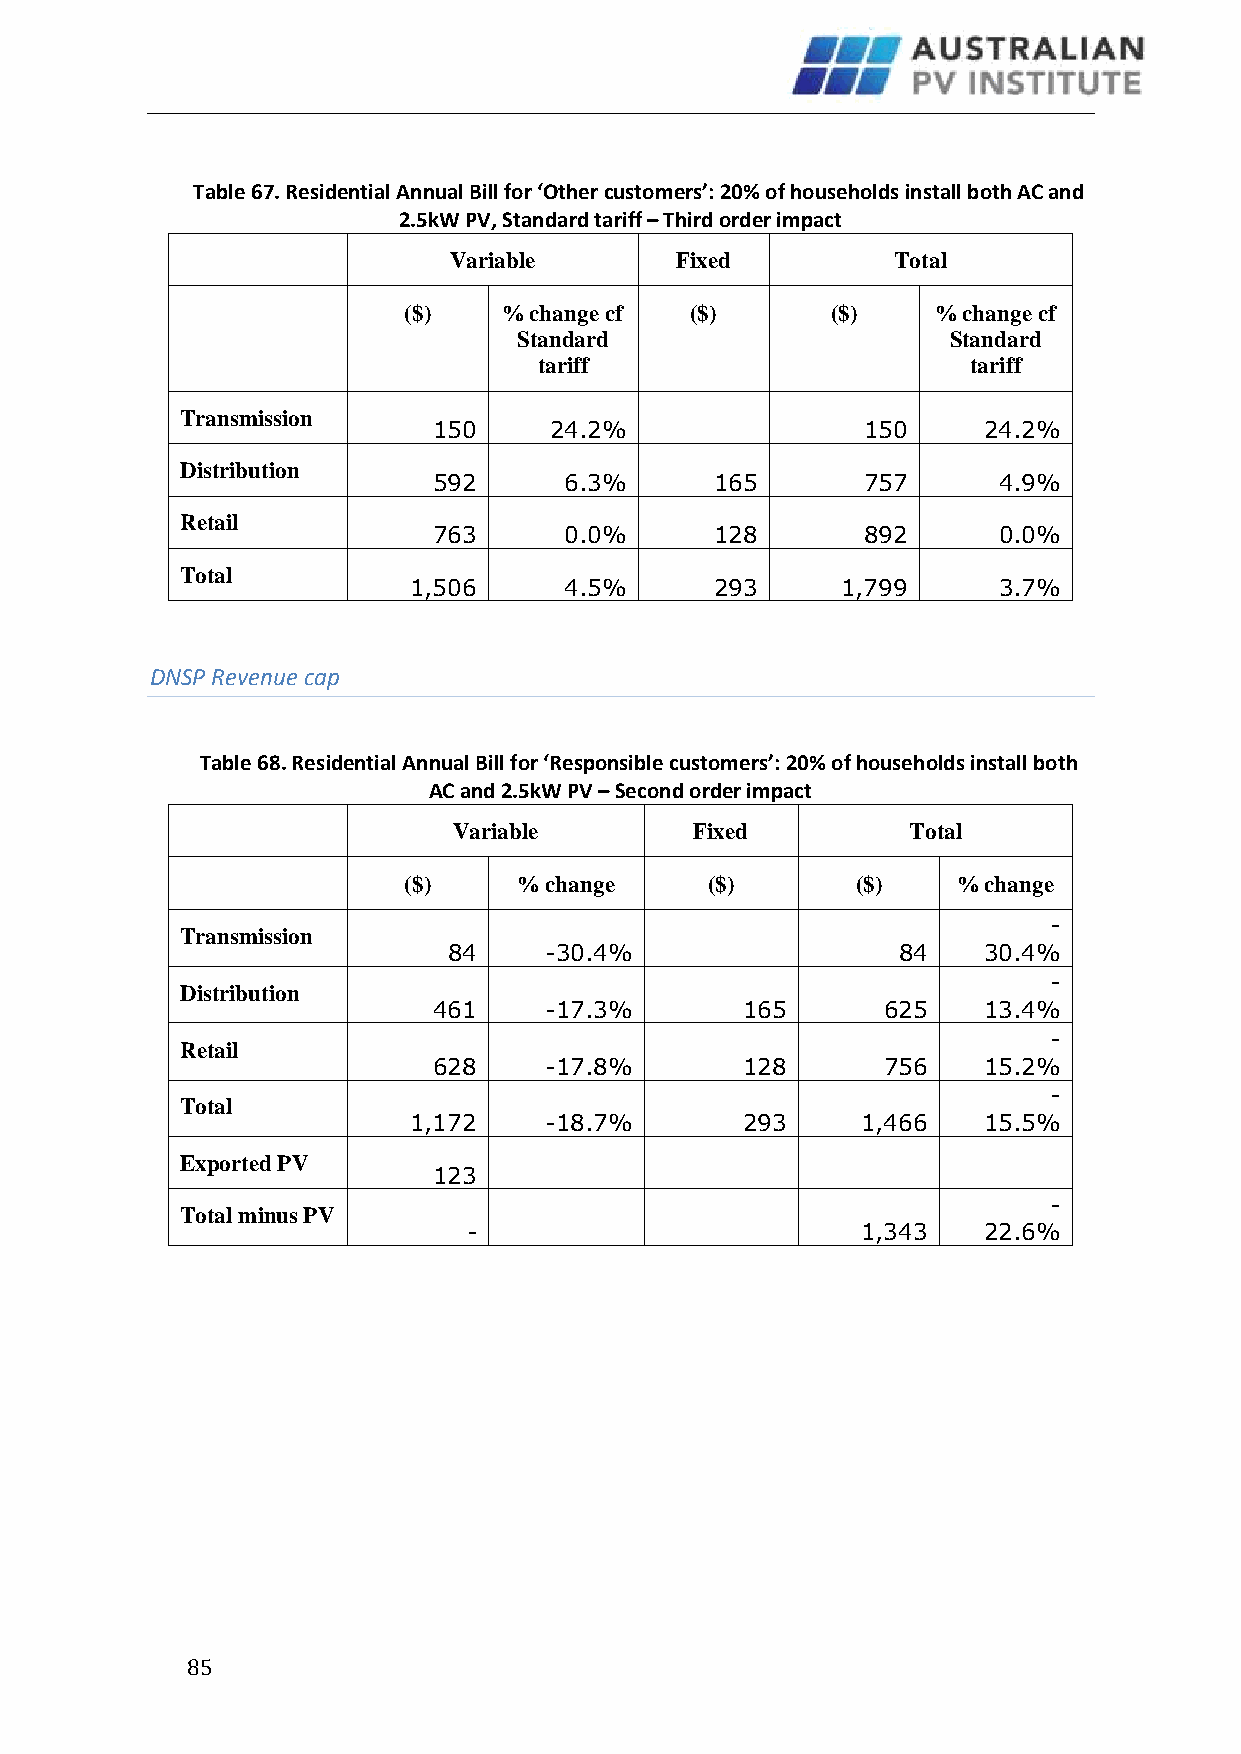
Table 67. Residential Annual Bill for ‘Other customers’: 20% of households install both AC and
 2.5kW PV, Standard tariff – Third order impact
 Variable       Fixed         Total
 ($)   % change cf  ($)      ($)    % change cf
 Standard                     Standard
 tariff                      tariff
 Transmission
 150    24.2%                150     24.2%
 Distribution
 592     6.3%      165       757      4.9%
 Retail
 763     0.0%      128       892      0.0%
 Total
 1,506     4.5%      293      1,799     3.7%
 DNSP Revenue cap
 Table 68. Residential Annual Bill for ‘Responsible customers’: 20% of households install both
 AC and 2.5kW PV – Second order impact
 Variable        Fixed         Total
 ($)    % change     ($)       ($)   % change
 -
 Transmission
 84    -30.4%                 84    30.4%
 -
 Distribution
 461    -17.3%       165       625   13.4%
 -
 Retail
 628    -17.8%       128       756   15.2%
 -
 Total
 1,172    -18.7%       293     1,466   15.5%
 Exported PV
 123
 -
 Total minus PV
 -                         1,343   22.6%
 8 5